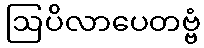
ဩပိလာပေတဗ္ဗံ